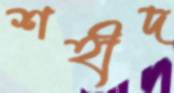
শহীদ